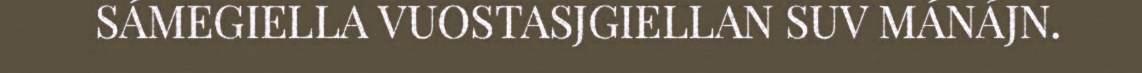
SÁMEGIELLA VUOSTASJGIELLAN SUV MÁNÁJN.